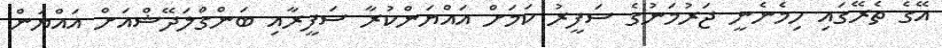
އޭގެ ތެރޭގައި ހިމެނެނީ ޖަރުމަނުގެ ސަފީރު ކަމަށް އައްޔަންކުރާ ސަފީރާއި ބަންގްލަދޭޝްއަށް އައްޔަން